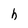
Character: h